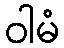
ဝါမံ